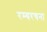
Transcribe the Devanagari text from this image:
रम्यरचना